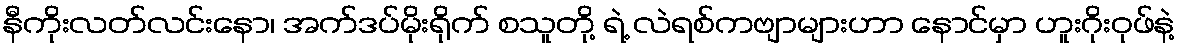
နီကိုးလတ်လင်းနော၊ အက်ဒပ်မိုးရိုက် စသူတို့ ရဲ့ လဲရစ်ကဗျာများဟာ နောင်မှာ ဟူးဂိုးဝုဖ်နဲ့